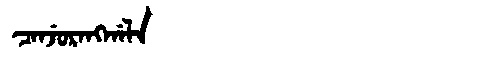
Manchu: ᠴᠠᠨᠵᡠᡵᠠᠩᡤᠠᠯᠠ
Romanization: CANJURANGGALA